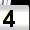
Digit: 4